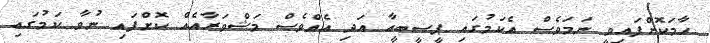
ހާމަކޮށްފައިވީ ނަމަވެސް އެކަމުގައި ޕީސީބީއާ އަދި އެއްވެސް މަޝްވަރާއެއް ކޮށްފައި ނުވާ ކަމުގައި